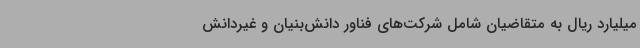
میلیارد ریال به متقاضیان شامل شرکت‌های فناور دانش‌بنیان و غیردانش